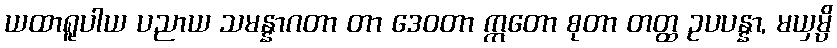
ယထာရူပါယ ပညာယ သမန္နာဂတာ တာ ဒေဝတာ ဣတော စုတာ တတ္ထ ဥပပန္နာ, မယှမ္ပိ